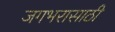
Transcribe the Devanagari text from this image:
जगभरासाठी